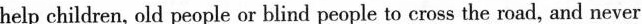
help children, old people or blind people to cross the road, and never